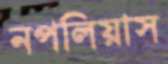
নপলিয়াস